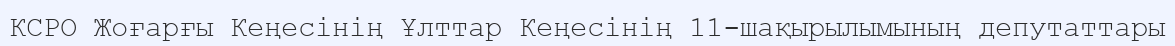
КСРО Жоғарғы Кеңесінің Ұлттар Кеңесінің 11-шақырылымының депутаттары